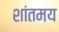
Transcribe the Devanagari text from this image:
शांतमय